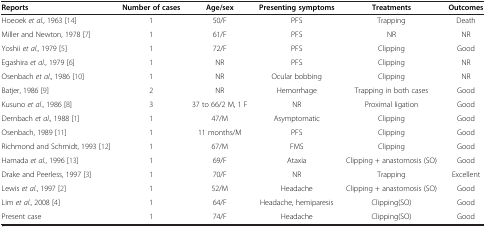
<table><thead><tr><td><b>Reports</b></td><td><b>Number of cases</b></td><td><b>Age/sex</b></td><td><b>Presenting symptoms</b></td><td><b>Treatments</b></td><td><b>Outcomes</b></td></tr></thead><tbody><tr><td>Hoeoek <i>et al</i>., 1963 [14]</td><td>1</td><td>50/F</td><td>PFS</td><td>Trapping</td><td>Death</td></tr><tr><td>Miller and Newton, 1978 [7]</td><td>1</td><td>61/F</td><td>PFS</td><td>NR</td><td>NR</td></tr><tr><td>Yoshii <i>et al</i>., 1979 [5]</td><td>1</td><td>72/F</td><td>PFS</td><td>Clipping</td><td>Good</td></tr><tr><td>Egashira <i>et al</i>., 1979 [6]</td><td>1</td><td>NR</td><td>PFS</td><td>Clipping</td><td>NR</td></tr><tr><td>Osenbach <i>et al</i>., 1986 [10]</td><td>1</td><td>NR</td><td>Ocular bobbing</td><td>Clipping</td><td>NR</td></tr><tr><td>Batjer, 1986 [9]</td><td>2</td><td>NR</td><td>Hemorrhage</td><td>Trapping in both cases</td><td>Good</td></tr><tr><td>Kusuno <i>et al</i>., 1986 [8]</td><td>3</td><td>37 to 66/2 M, 1 F</td><td>NR</td><td>Proximal ligation</td><td>Good</td></tr><tr><td>Dernbach <i>et al</i>., 1988 [1]</td><td>1</td><td>47/M</td><td>Asymptomatic</td><td>Clipping</td><td>Good</td></tr><tr><td>Osenbach, 1989 [11]</td><td>1</td><td>11 months/M</td><td>PFS</td><td>Clipping</td><td>Good</td></tr><tr><td>Richmond and Schmidt, 1993 [12]</td><td>1</td><td>67/M</td><td>FMS</td><td>Clipping</td><td>Good</td></tr><tr><td>Hamada <i>et al</i>., 1996 [13]</td><td>1</td><td>69/F</td><td>Ataxia</td><td>Clipping + anastomosis (SO)</td><td>Good</td></tr><tr><td>Drake and Peerless, 1997 [3]</td><td>1</td><td>70/F</td><td>NR</td><td>Trapping</td><td>Excellent</td></tr><tr><td>Lewis <i>et al</i>., 1997 [2]</td><td>1</td><td>52/M</td><td>Headache</td><td>Clipping + anastomosis (SO)</td><td>Good</td></tr><tr><td>Lim <i>et al</i>., 2008 [4]</td><td>1</td><td>64/F</td><td>Headache, hemiparesis</td><td>Clipping(SO)</td><td>Good</td></tr><tr><td>Present case</td><td>1</td><td>74/F</td><td>Headache</td><td>Clipping(SO)</td><td>Good</td></tr></tbody></table>